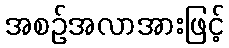
အစဉ်အလာအားဖြင့်